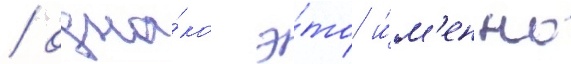
/ одна́ко э́то и́м'енно